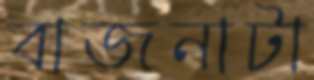
বাজনাটা